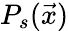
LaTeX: P_{s}(\vec{x})